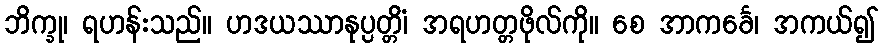
ဘိက္ခု၊ ရဟန်းသည်။ ဟဒယဿာနုပ္ပတ္တိံ၊ အရဟတ္တဖိုလ်ကို။ စေ အာကင်္ခေ၊ အကယ်၍